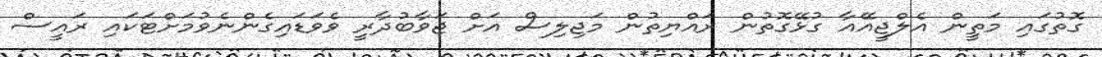
ގޮތުގައި މަތީން އެލްޖީއޭއާ ގުޅޭގޮތުން ރައްޔިތުން މަޖިލިސް އަށް ޖަވާބުދާރީ ވެވަޑައިގެންނެވުމަށްޓަކައި ރައީސް